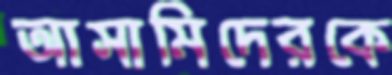
আসামিদেরকে